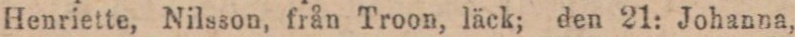
Henriette, Nilsson, från Troon, läck; den 21: Johanna,